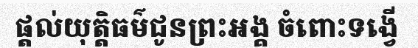
ផ្តល់យុត្តិធម៌ជូនព្រះអង្គ ចំពោះទង្វើ